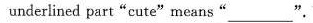
underlined part"cute"means".